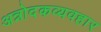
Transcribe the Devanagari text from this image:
अन्नोदकव्यवहार